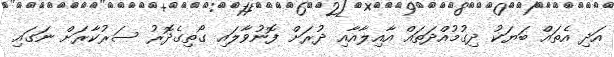
އަދި އެތައް ބަޔަކު ދިގުމުއްދަތައް އާއިލާއާއި ދުރަށް ފޮނުވާލައި ގޯތިގެދޮރު ސަރުކާރަށް ނަގައި